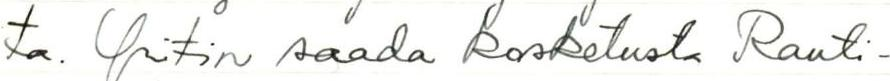
ta. Yritin saada kosketusta Rauti-